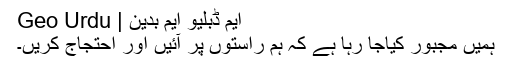
ایم ڈبلیو ایم بدین | Geo Urdu
ہمیں مجبور کیاجا رہا ہے کہ ہم راستوں پر آئیں اور احتجاج کریں۔